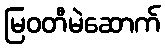
မြဝတီမဲဆောက်